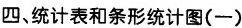
四、统计表和条形统计图(一)